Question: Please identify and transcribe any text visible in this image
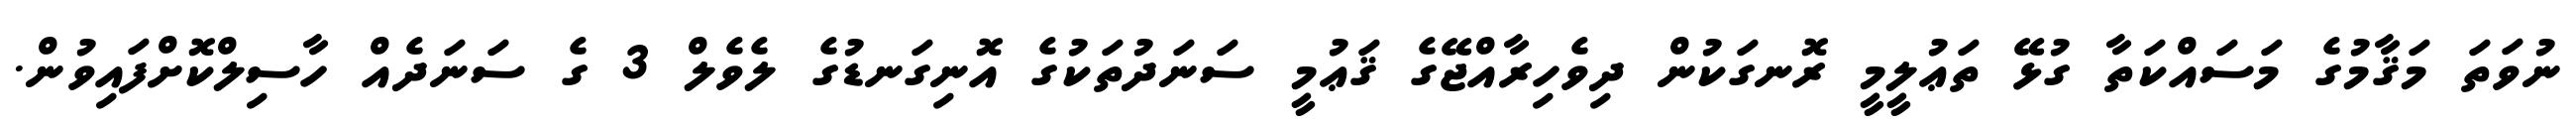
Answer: ނުވަތަ މަޤާމުގެ މަސައްކަތާ ގުޅޭ ތަޢުލީމީ ރޮނގަކުން ދިވެހިރާއްޖޭގެ ޤަޢުމީ ސަނަދުތަކުގެ އޮނިގަނޑުގެ ލެވެލް 3 ގެ ސަނަދެއް ހާސިލްކޮށްފައިވުން.